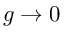
g \to 0